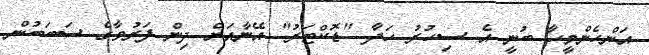
އަންހެންމީހާ ބުނީ އެ ސިހުރު ހަދާ "ޑޮކްޓަރު" އޭނާއަށް ދިން ފަރުވާގެ ސަބަބުން